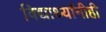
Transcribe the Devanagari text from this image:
विद्यार्थ्यांनीही